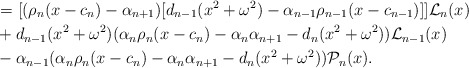
\begin{align*}&=[(\rho_n(x-c_n)-\alpha_{n+1})[ d_{n-1}(x^2+\omega^2)-\alpha_{n-1} \rho_{n-1} (x-c_{n-1}) ]]\mathcal{L}_{n}(x) \\&+d_{n-1}(x^2+\omega^2)(\alpha_n\rho_n(x-c_n)-\alpha_n \alpha_{n+1}-d_n (x^2+\omega^2)) \mathcal{L}_{n-1}(x)\\&-\alpha_{n-1}(\alpha_n\rho_n(x-c_n)-\alpha_n \alpha_{n+1}-d_n (x^2+\omega^2))\mathcal{P}_{n}(x).\end{align*}